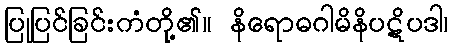
ပြုပြင်ခြင်းကံတို့၏။ နိရောဓဂါမိနိပဋိပဒါ၊